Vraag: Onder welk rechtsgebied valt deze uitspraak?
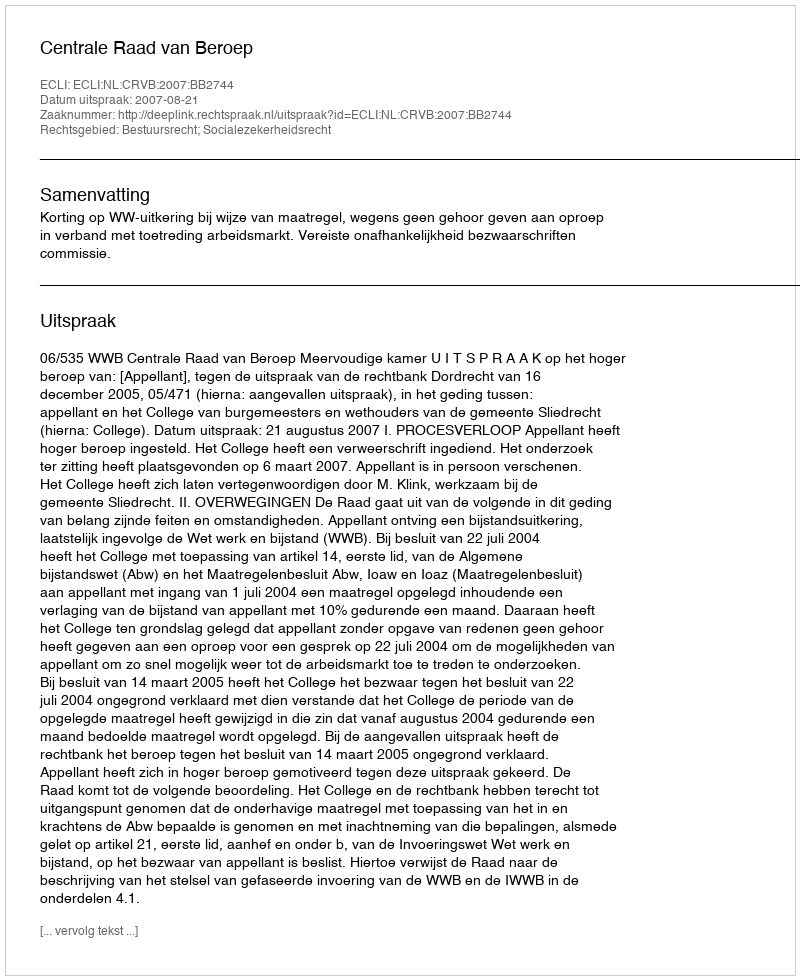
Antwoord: Bestuursrecht; Socialezekerheidsrecht